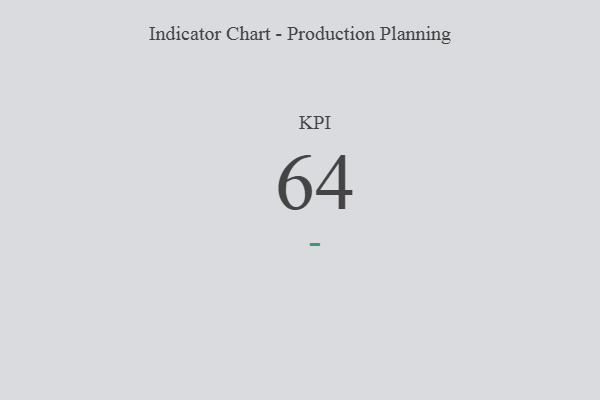
{"axis": {"x": "KPI", "y": "Value"}, "legend": [""], "data": [{"x": "KPI", "y": 64, "type": ""}]}